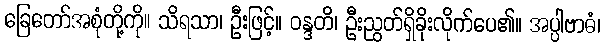
ခြေတော်အစုံတို့ကို။ သိရသာ၊ ဦးဖြင့်။ ဝန္ဒတိ၊ ဦးညွတ်ရှိခိုးလိုက်ပေ၏။ အပ္ပါဗာဓံ၊